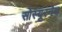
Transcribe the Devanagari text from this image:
सोस्यूरनेच